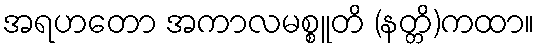
အရဟတော အကာလမစ္စူတိ (နတ္တိ)ကထာ။